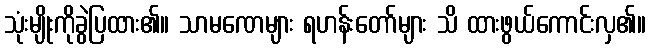
သုံးမျိုးကိုခွဲပြထား၏။ သာမဏေများ ရဟန်းတော်များ သိ ထားဖွယ်ကောင်းလှ၏။